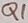
Text: Q1